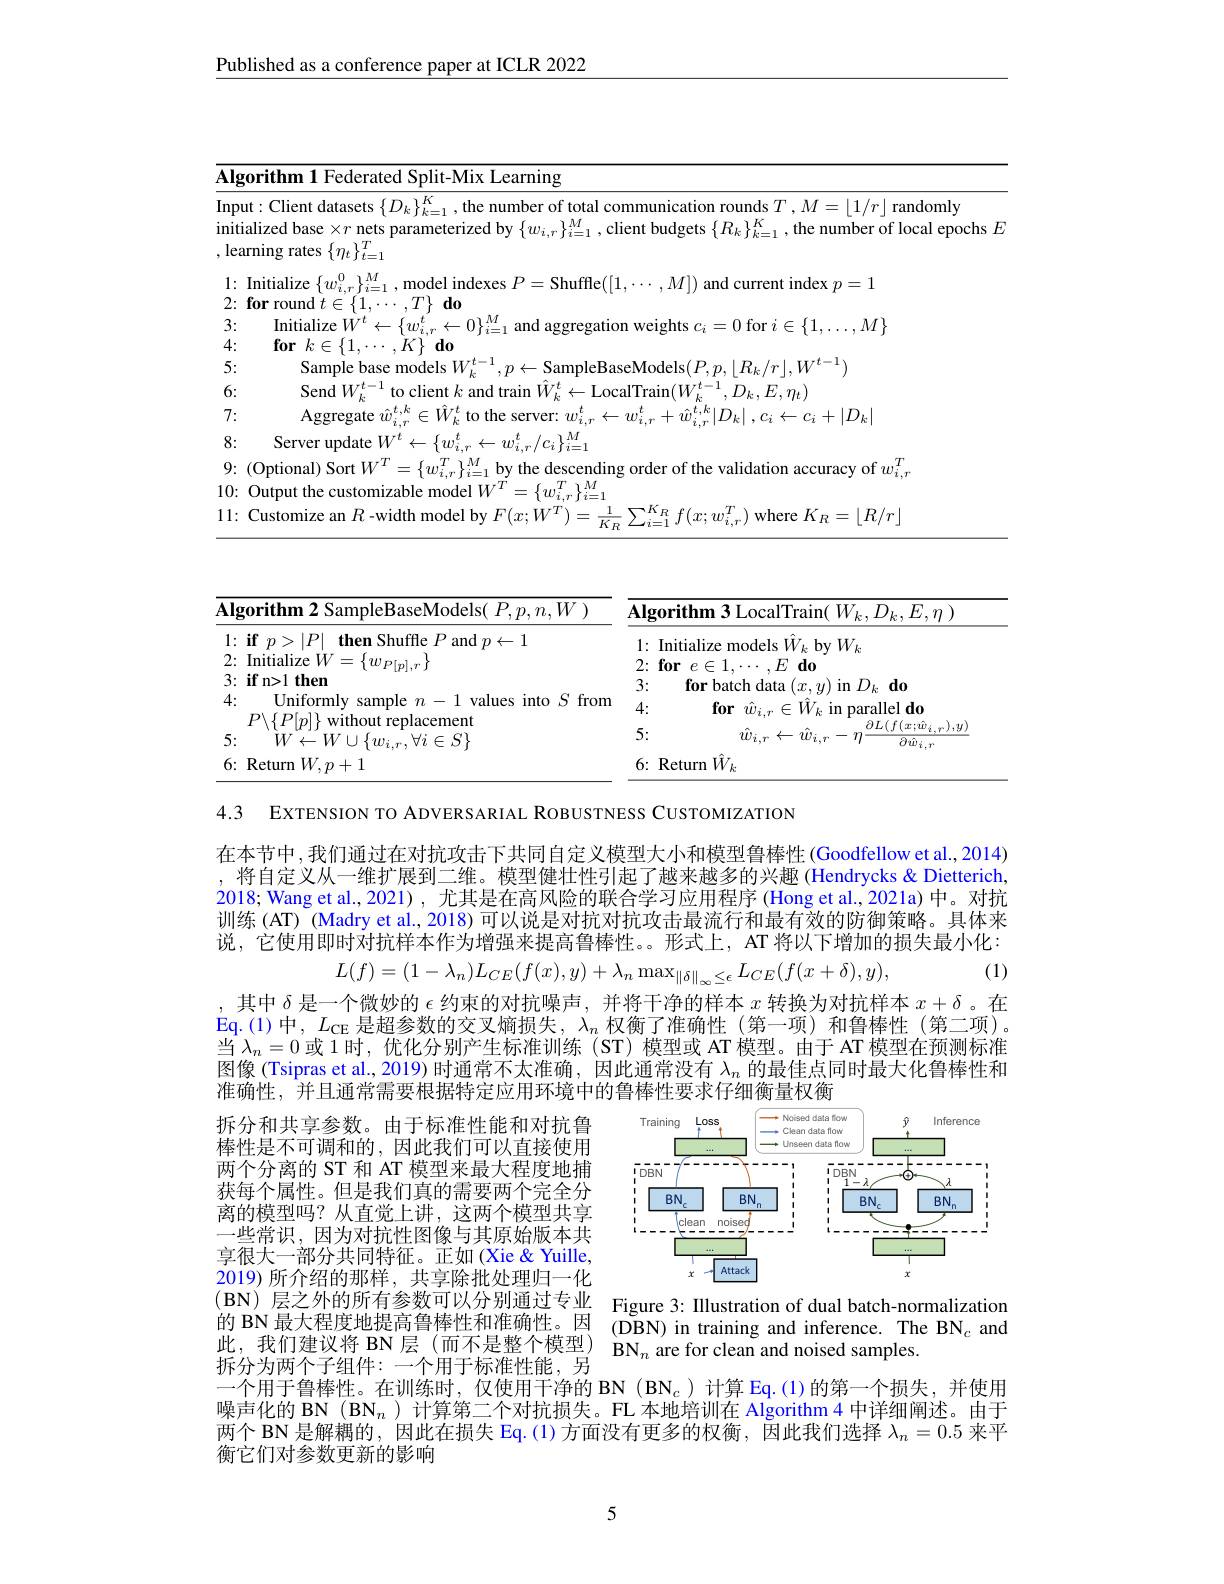
Published as a conference paper at ICLR 2022

<table>
	<tbody>
		<tr>
			<td>$\overline{\mathbf{Alg}(}$</td>
			<td>nr -ifhm1 $\overline{{\mathrm{~Federated~Split-Mix~Learning}}}$</td>
		</tr>
		<tr>
			<td>Input initia lear</td>
			<td>ut: Client datasets $\{ D_{k}\} _{k= 1}^{K}$, the number of total communication rounds $T,M=\lfloor1/r\rfloor$ randomly alized base $\times r$ nets parameterized by $\{w_{i,r}\}_{i=1}^{M}$,client budgets $\{R_k\}_{k=1}^{K}$,the number of local epochs ${\mathrm{rning~rates~}\{\eta_{t}\}_{t=1}^{T}}$</td>
		</tr>
		<tr>
			<td>1: I 2: $f$</td>
			<td>Initialize $\{w_i,r^0\}_{i=1}^M$,model indexes $P=$Shuffle$([1,\cdots,M])$ and current index $p=1$ $\textbf{for round}t\in \{ 1, \cdots , T\} \textbf{ do}$</td>
		</tr>
		<tr>
			<td>3: 4</td>
			<td>Initialize$W^{t}\leftarrow$ $\{w_{i,r}^{t}\leftarrow0\}$ and aggregation weights $c_i=0$ for $i\in\{1,\ldots,M\}$ $\mathop{\mathrm{d}}_{0}$</td>
		</tr>
		<tr>
			<td>4.</td>
			<td>$\textbf{UU}$</td>
		</tr>
		<tr>
			<td>5: 1 </td>
			<td>dels$( P. 7$ $\left/r\right|.W$</td>
		</tr>
		<tr>
			<td>6:</td>
			<td>send to client $k$ $\leftarrow \mid$maliran$\mid W$ $,D_{k},E,\eta_{t}$</td>
		</tr>
		<tr>
			<td>7:</td>
			<td>$\leftarrow c_{i}+|D_{k}$</td>
		</tr>
		<tr>
			<td>8:</td>
			<td>Server update $W^t\leftarrow\{w_{i}^{t}\}$ $\leftarrow w_{i\:r}^{t}/c_{i}\}_{i-1}^{M}$</td>
		</tr>
		<tr>
			<td>9:</td>
			<td>ntionali Sor accuracv ot</td>
		</tr>
		<tr>
			<td>10:</td>
			<td>lutnut t</td>
		</tr>
		<tr>
			<td>1: 1 </td>
			<td>Customize an $R$-widt where $K_{B}= | R/ r$</td>
		</tr>
	</tbody>
</table>

<table>
	<tbody>
		<tr>
			<td>Algorithm 2 SampleBaseModels( $P,p,n,W)$</td>
			<td>Algorithm 3 LocalTrain( $W_k,D_k,E,\eta)$</td>
		</tr>
		<tr>
			<td>Jhurormis samol 77. ames 1nto Trom</td>
			<td>4: for $\hat{w}_{i,r}\in W_{k}$ in parallel do</td>
		</tr>
		<tr>
			<td> </td>
			<td>5: $\hat{w}_{i,r}\leftarrow\hat{w}_{i,r}-\eta$ $\langle J(x,w_{i},r),y\rangle$ $\overline{\partial\hat{w}_{i.r}}$</td>
		</tr>
		<tr>
			<td>6: Return . 1</td>
			<td>6: Return $\hat{W}_{k}$</td>
		</tr>
	</tbody>
</table>

4.3 EXTENSION TO ADVERSARIAL ROBUSTNESS CUSTOMIZATION

在本节中，我们通过在对抗攻击下共同自定义模型大小和模型鲁棒性(Goodfellow et al., 2014) ,将自定义从一维扩展到二维。模型健壮性引起了越来越多的兴趣(Hendrycks &Dietterich, 2018; Wang et al.,2021), 尤其是在高风险的联合学习应用程序 (Hong et al., 2021a)中。对抗训练 (AT) (Madry et al., 2018) 可以说是对抗对抗攻击最流行和最有效的防御策略。具体来说，它使用即时对抗样本作为增强来提高鲁棒性。。形式上，AT 将以下增加的损失最小化：

(1)
$$L(f)=(1-\lambda_{n})L_{CE}(f(x),y)+\lambda_{n}\max_{\|\delta\|_{\infty}\leq\epsilon}L_{CE}(f(x+\delta),y),$$
其中$\delta$是一个微妙的$\epsilon$约束的对抗噪声，并将干净的样本$x$转换为对抗样本$x+\delta$ 。在$\operatorname{Eq.}(1)$中，$L_\mathrm{CE}$是超参数的交叉熵损失，$\lambda_n$权衡了准确性 (第一项)和鲁棒性 (第二项)。当$\lambda_n=0$或 1 时，优化分别产生标准训练 (ST) 模型或 AT 模型。由于 AT 模型在预测标准图像 (Tsipras et al., 2019) 时通常不太准确，因此通常没有$\lambda_n$的最佳点同时最大化鲁棒性和准确性，并且通常需要根据特定应用环境中的鲁棒性要求仔细衡量权衡

<FigureHere>

拆分和共享参数。由于标准性能和对抗鲁棒性是不可调和的，因此我们可以直接使用两个分离的 ST 和 AT 模型来最大程度地捕获每个属性。但是我们真的需要两个完全分离的模型吗？从直觉上讲，这两个模型共享一些常识，因为对抗性图像与其原始版本共享很大一部分共同特征。正如 (Xie &Yuille, 2019)所介绍的那样，共享除批处理归一化$(\mathbf{BN})$层之外的所有参数可以分别通过专业 Figure 3: Illustration of dual batch-normalization 的 BN 最大程度地提高鲁棒性和准确性。因 (DBN) in training and inference. The BN$_c$ and 此，我们建议将 BN 层 (而不是整个模型) BN$_n$ are for clean and noised samples.
拆分为两个子组件：一个用于标准性能，另
一个用于鲁棒性。在训练时，仅使用干净的 BN (BN$_c$ )计算 Eq.(1)的第一个损失，并使用噪声化的 BN ( BN$_n$ )计算第二个对抗损失。FL 本地培训在 Algorithm 4 中详细阐述。由于

两个 BN 是解耦的，因此在损失 Eq.(1)方面没有更多的权衡，因此我们选择$\lambda_n=0.5$来平
衡它们对参数更新的影响

5